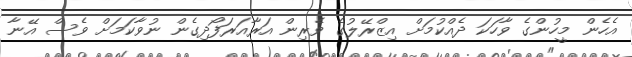
އެހެން މީހުންގެ ވާހަކަ ދެއްކުމަށް އިޒްރޭލުގެ ވެރިން އަރާއަރަފޯދިގެން ނުވާކަމަށް ވެސް އޭނާ